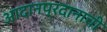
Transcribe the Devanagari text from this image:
आदानप्रदानाची